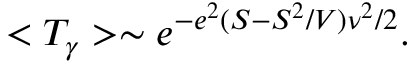
< T _ { \gamma } > \sim e ^ { - e ^ { 2 } ( S - S ^ { 2 } / V ) \nu ^ { 2 } / 2 } .